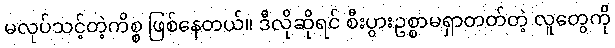
မလုပ်သင့်တဲ့ကိစ္စ ဖြစ်နေတယ်။ ဒီလိုဆိုရင် စီးပွားဥစ္စာမရှာတတ်တဲ့ လူတွေကို